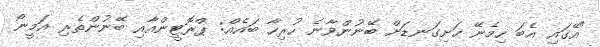
"އޭގައި އެބަ ހިމެނޭ ހަށިގަނޑަށް ބޭނުންވާނެ ހުރިހާ ބައެއް: ޕްރޮޓީންއާއި ބޭނުންތެރި އަމީނޯ